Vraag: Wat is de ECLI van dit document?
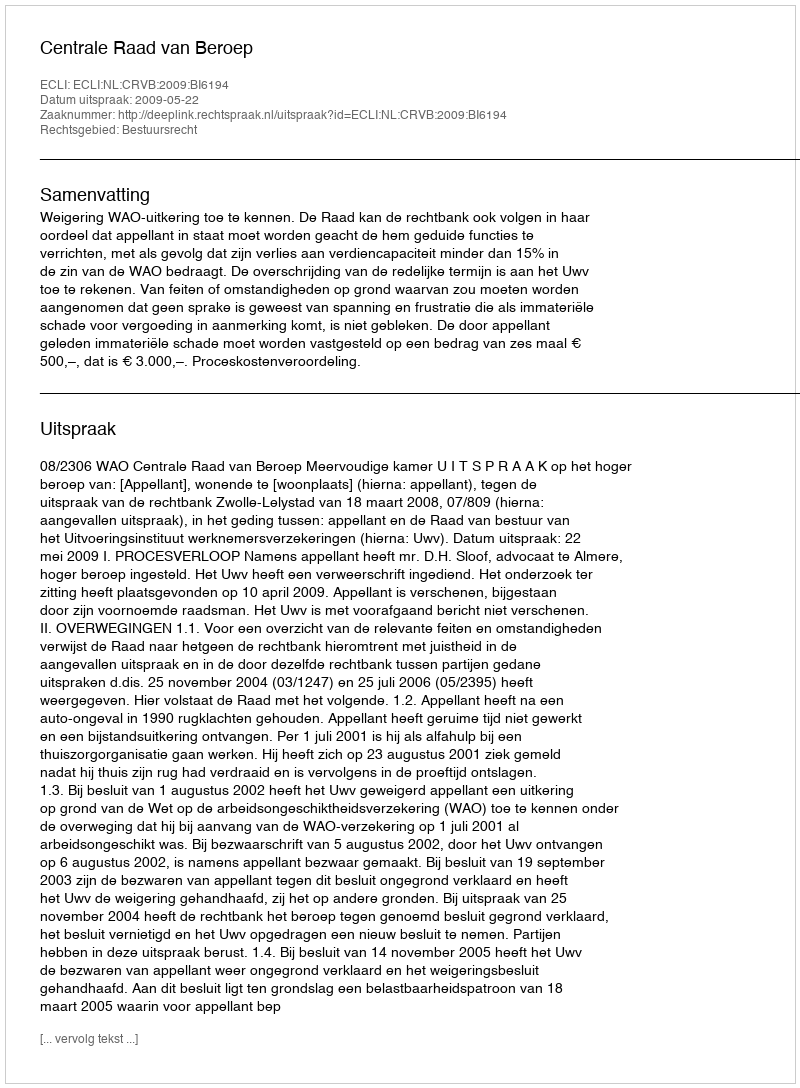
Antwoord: ECLI:NL:CRVB:2009:BI6194